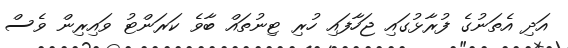
އަދި އެތަނުގެ ފުރާޅުގައި ޖަހާފައި ހުރި ޓިނުތައް ބާވެ ކަރަންޓު ވައިރިން ވެސް